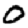
Digit: 0